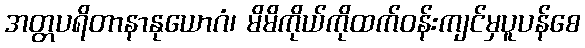
အတ္တပရိတာနာနုယောဂံ၊ မိမိကိုယ်ကိုထက်ဝန်းကျင်မှပူပန်စေ